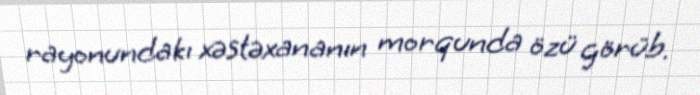
rayonundakı xəstəxananın morqunda özü görüb.